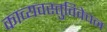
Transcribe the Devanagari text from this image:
काव्यवस्तुविवेचन